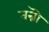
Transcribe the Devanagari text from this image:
तन्नॊ